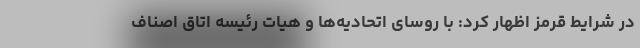
در شرایط قرمز اظهار کرد: با روسای اتحادیه‌ها و هیات رئیسه اتاق اصناف